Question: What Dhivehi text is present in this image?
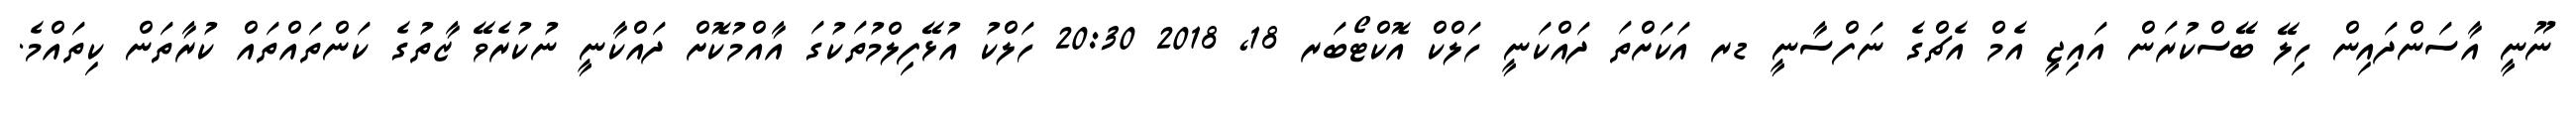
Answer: ނޫނީ އާސަންދައިން ހިލޭ ބޭސްކުރަން އައިޖީ އެމް އެޗްގެ ނަފްސާނީ ޑރ އަކަށްތަ ދައްކަނީ ހަލްކް އޮކްޓޯބަރ 18, 2018 20:30 ހަލްކު އުޅޭފިލްމުތަކުގަ އާއްމުކޮށް ދައްކާނީ ނުކުރެވޭ ޒާތުގެ ކަންތައްތައް ކުރާތަން ކިތައްމެ.